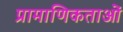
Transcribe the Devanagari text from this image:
प्रामाणिकताओं